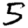
Digit: 5